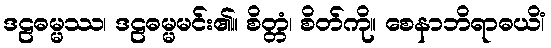
ဒဠဓမ္မဿ၊ ဒဠဓမ္မမင်း၏။ စိတ္တံ၊ စိတ်ကို။ စေနာဘိရာဓယိံ၊